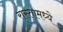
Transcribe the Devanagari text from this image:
रास्तामध्ये